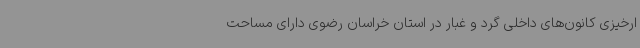
ارخیزی کانون‌های داخلی گرد و غبار در استان خراسان رضوی دارای مساحت